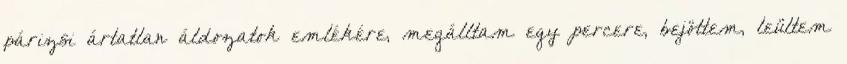
párizsi ártatlan áldozatok emlékére, megálltam egy percere, bejöttem, leültem